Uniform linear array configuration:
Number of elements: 32
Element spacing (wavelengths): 1
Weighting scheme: cosine
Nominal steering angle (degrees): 15
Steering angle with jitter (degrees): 13.105
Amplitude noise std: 0.05
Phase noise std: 0.05

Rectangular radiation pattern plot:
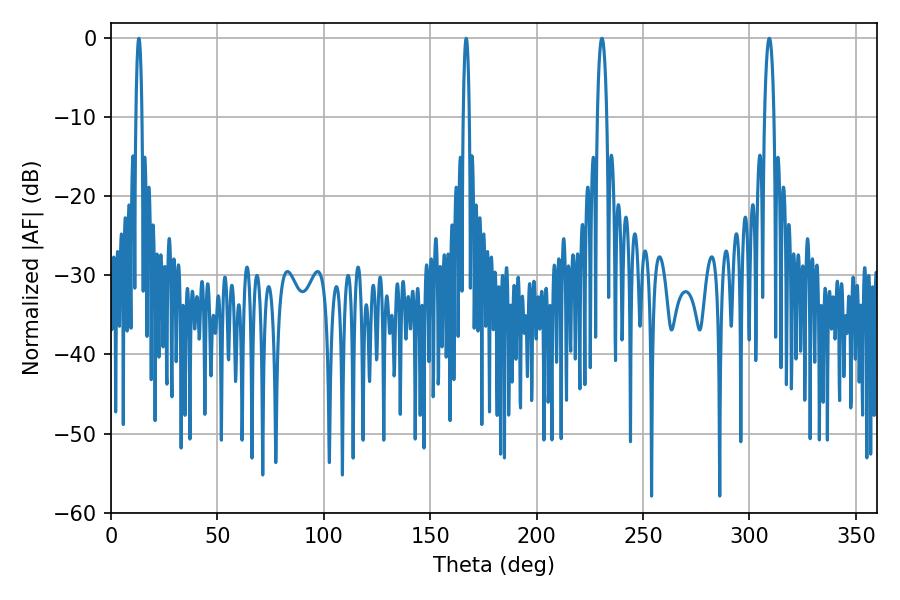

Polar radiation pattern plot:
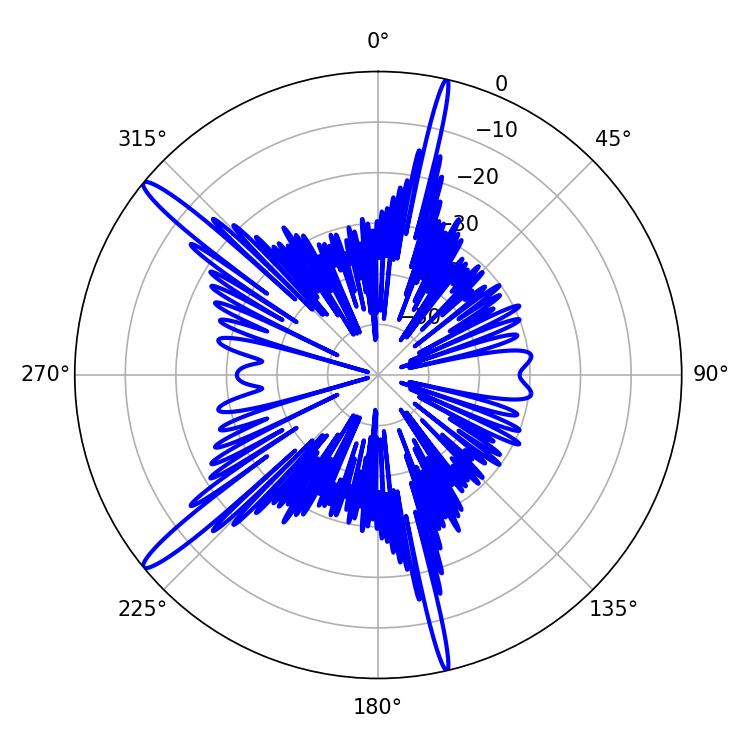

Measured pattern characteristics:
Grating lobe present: TRUE
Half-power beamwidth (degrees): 1.62
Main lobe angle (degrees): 13.14